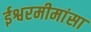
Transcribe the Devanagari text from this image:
ईश्वरमीमांसा